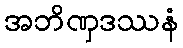
အဘိဏှဒဿနံ